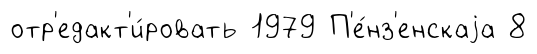
отр'едакт'и́ровать 1979 П'е́нз'енскаjа 8